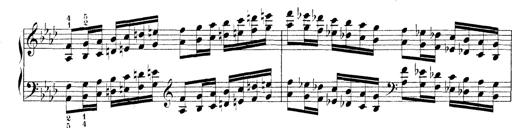
Title: Technische Studien
Composer: Franz Liszt